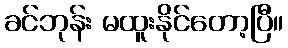
ခင်ဘုန်း မထူးနိုင်တော့ပြီ။